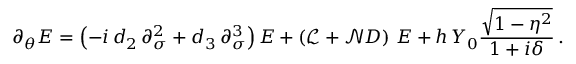
\partial _ { \theta } E = \left( - i \, d _ { 2 } \, \partial _ { \sigma } ^ { 2 } + d _ { 3 } \, \partial _ { \sigma } ^ { 3 } \right) E + \left( \mathcal { L } + \mathcal { N } D \right) \, E + h \, Y _ { 0 } \frac { \sqrt { 1 - \eta ^ { 2 } } } { 1 + i \delta } \, .